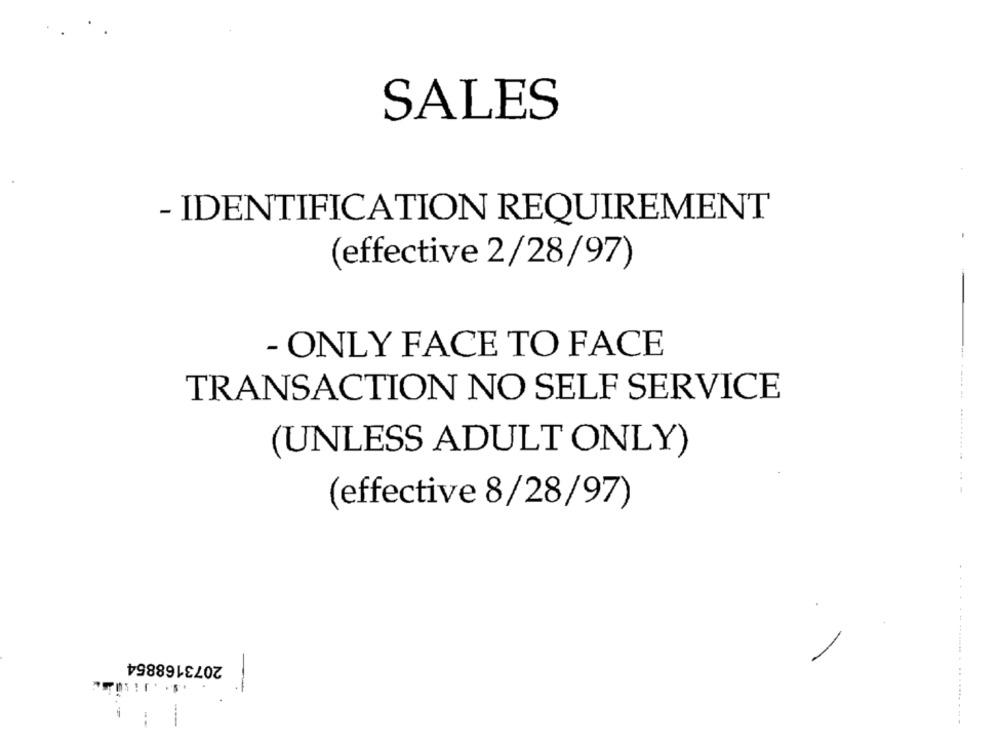
SALES
- IDENTIFICATION REQUIREMENT
(effective 2/28/97)
- ONLY FACE TO FACE
TRANSACTION NO SELF SERVICE
(UNLESS ADULT ONLY)
.... ..... ..
(effective 8/28/97)
2073168854
-
. .. .....